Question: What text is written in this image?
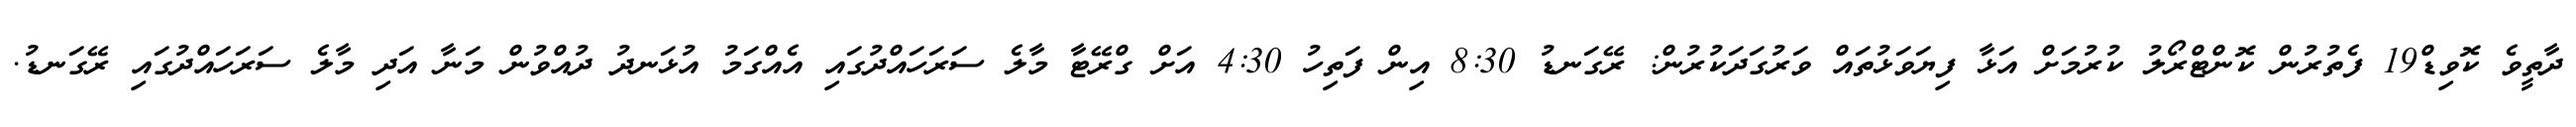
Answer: ދާތީވެ ކޮވިޑް19 ފެތުރުން ކޮންޓްރޯލު ކުރުމަށް އަޅާ ފިޔަވަޅުތައް ވަރުގަދަކުރުން: ރޭގަނޑު 8:30 އިން ފަތިހު 4:30 އަށް ގްރޭޓާ މާލެ ސަރަހައްދުގައި އެއްގަމު އުޅަނދު ދުއްވުން މަނާ އަދި މާލެ ސަރަހައްދުގައި ރޭގަނޑު.